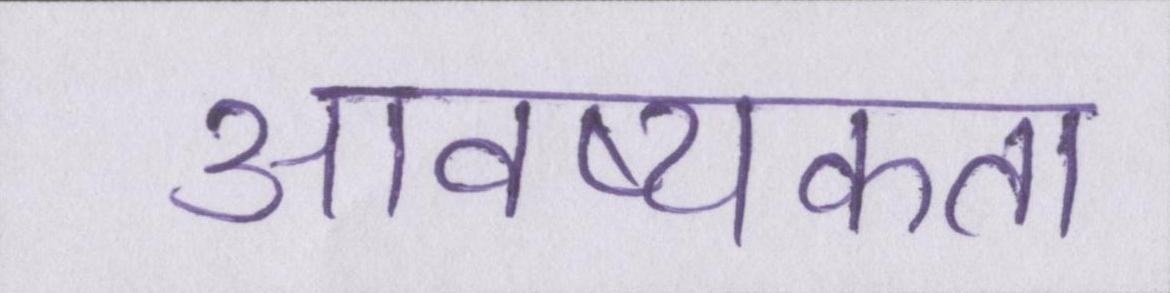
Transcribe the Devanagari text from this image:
आवष्यकता